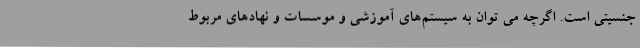
جنسیتی است. اگرچه می توان به سیستم‌های آموزشی و موسسات و نهادهای مربوط